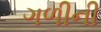
ગળીની